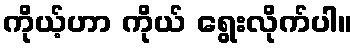
ကိုယ့်ဟာ ကိုယ် ရွေးလိုက်ပါ။